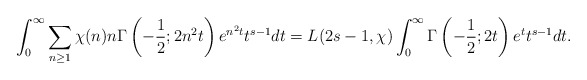
\begin{align*}\int_0^{\infty}\sum_{n\geq1}\chi(n)n\Gamma\left(-\frac12;2n^2t\right)e^{n^2t}t^{s-1}dt=L(2s-1,\chi)\int_0^{\infty}\Gamma\left(-\frac12;2t\right)e^tt^{s-1} dt.\end{align*}